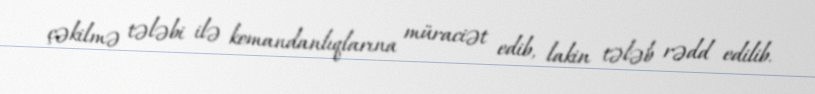
çəkilmə tələbi ilə komandanlıqlarına müraciət edib, lakin tələb rədd edilib.